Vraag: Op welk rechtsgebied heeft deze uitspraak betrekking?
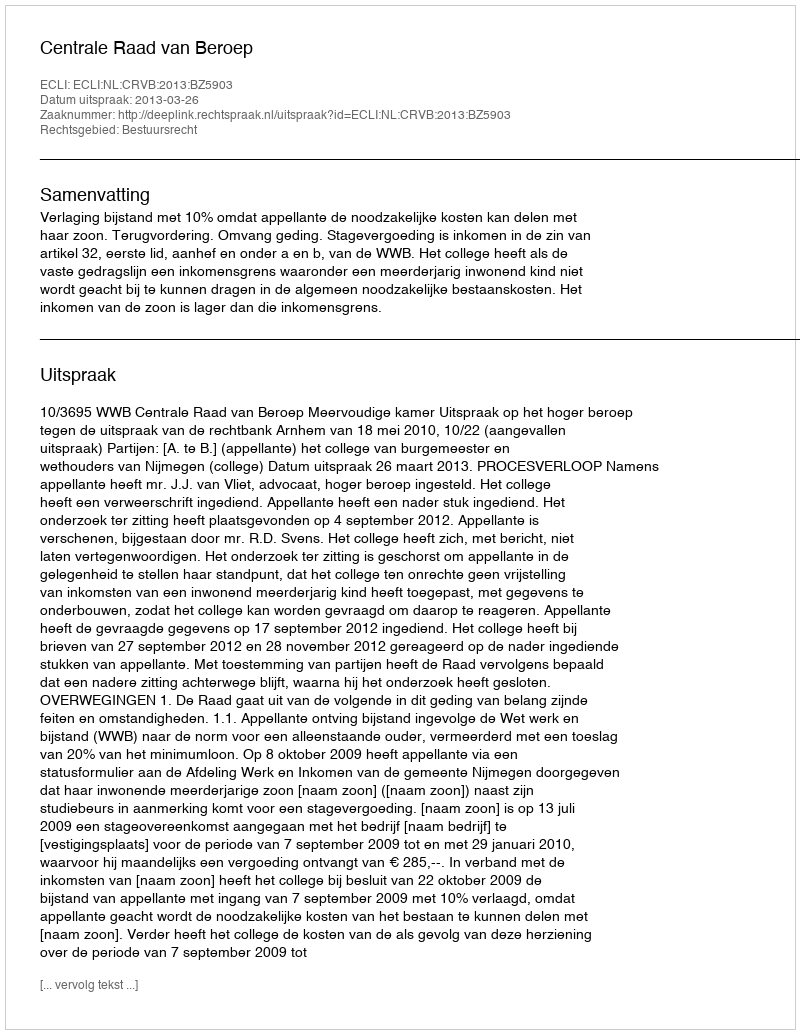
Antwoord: Bestuursrecht